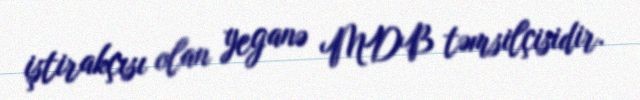
iştirakçısı olan yeganə MDB təmsilçisidir.